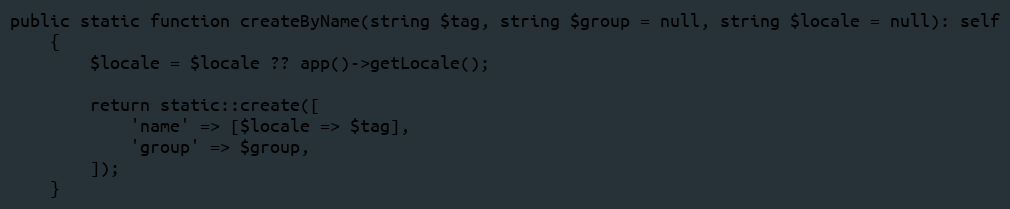
Language: PHP
public static function createByName(string $tag, string $group = null, string $locale = null): self
    {
        $locale = $locale ?? app()->getLocale();

        return static::create([
            'name' => [$locale => $tag],
            'group' => $group,
        ]);
    }